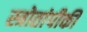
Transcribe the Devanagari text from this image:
स्त्रोतांपीकी